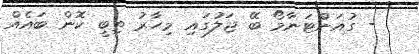
- ގުއަންޓަނާމޯ ބޭ ޖަލުގައި މިހާރު ތިބީ ކޮން ބައެއް